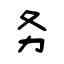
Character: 务